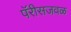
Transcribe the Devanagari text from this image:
पॅरीसजवळ